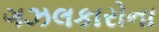
ગઝલકારોના